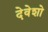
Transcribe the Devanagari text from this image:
देवेशो